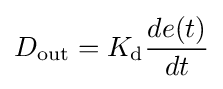
D_{\text{out}}=K_{\text{d}}{\frac {de(t)}{dt}}